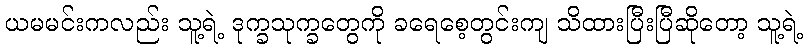
ယမမင်းကလည်း သူ့ရဲ့ ဒုက္ခသုက္ခတွေကို ခရေစေ့တွင်းကျ သိထားပြီးပြီဆိုတော့ သူ့ရဲ့